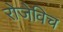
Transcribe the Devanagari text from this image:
रोजेविच